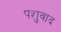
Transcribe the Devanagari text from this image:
पशुवाद